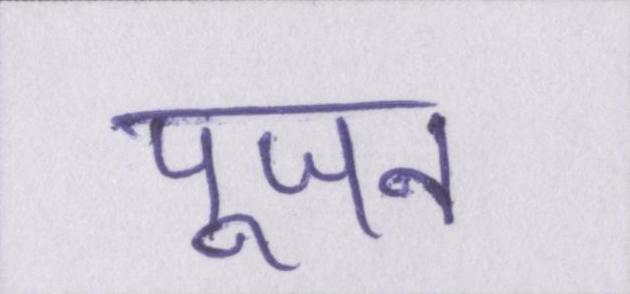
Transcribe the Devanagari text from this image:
पूजन